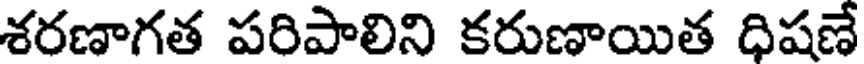
శరణాగత పరిపాలిని కరుణాయిత ధిషణే